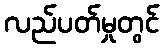
လည်ပတ်မှုတွင်